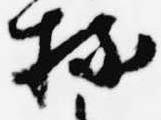
持